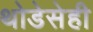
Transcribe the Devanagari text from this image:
थोडेसेही